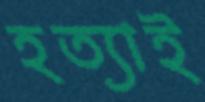
হত্যাই